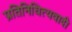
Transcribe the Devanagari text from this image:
प्रतिनिधित्यवादी